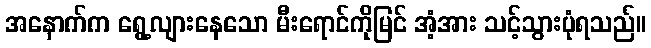
အနောက်က ရွေ့လျားနေသော မီးရောင်ကိုမြင် အံ့အား သင့်သွားပုံရသည်။